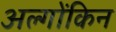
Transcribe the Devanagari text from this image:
अल्गोंकिन